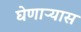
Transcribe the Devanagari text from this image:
घेणाऱ्यास